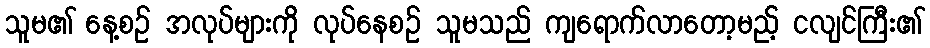
သူမ၏ နေ့စဉ် အလုပ်များကို လုပ်နေစဉ် သူမသည် ကျရောက်လာတော့မည့် ငလျင်ကြီး၏